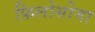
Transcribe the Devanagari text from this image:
फ़िलोसोमा